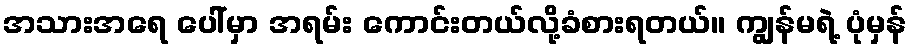
အသားအရေ ပေါ်မှာ အရမ်း ကောင်းတယ်လို့ခံစားရတယ်။ ကျွန်မရဲ့ ပုံမှန်